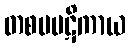
တစပပဋိကာယ